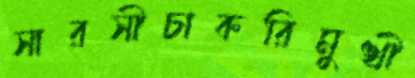
সারসীচাকরিমুখী